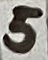
Text: 5